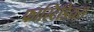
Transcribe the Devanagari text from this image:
फास्टिडियस